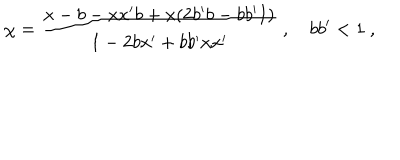
\chi = \frac { x - b - x x ^ { \prime } b + x ( 2 b ^ { \prime } b - b b ^ { \prime } I ) } { 1 - 2 b x ^ { \prime } + b b ^ { \prime } x x ^ { \prime } } ~ , ~ b b ^ { \prime } < 1 ~ ,